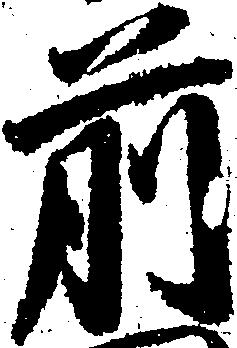
前